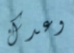
وعدك